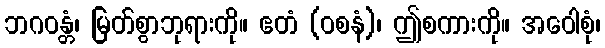
ဘဂဝန္တံ၊ မြတ်စွာဘုရားကို။ ဧတံ (ဝစနံ)၊ ဤစကားကို။ အဝေါစုံ၊